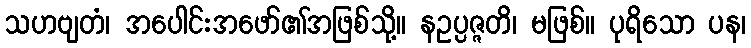
သဟဗျတံ၊ အပေါင်းအဖော်၏အဖြစ်သို့။ နဥပ္ပဇ္ဇတိ၊ မဖြစ်။ ပုရိသော ပန၊